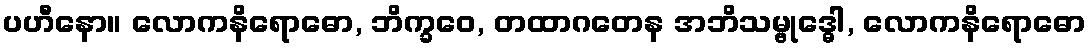
ပဟီနော။ လောကနိရောဓော, ဘိက္ခဝေ, တထာဂတေန အဘိသမ္ဗုဒ္ဓေါ, လောကနိရောဓော